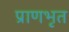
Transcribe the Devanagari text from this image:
प्राणभृत